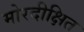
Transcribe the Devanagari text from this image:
मोरदीक्षित